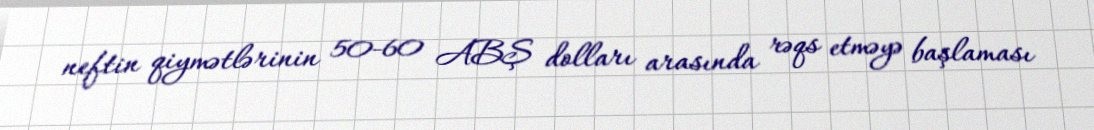
neftin qiymətlərinin 50-60 ABŞ dolları arasında rəqs etməyə başlaması